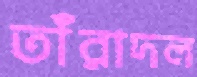
তাঁরাদল